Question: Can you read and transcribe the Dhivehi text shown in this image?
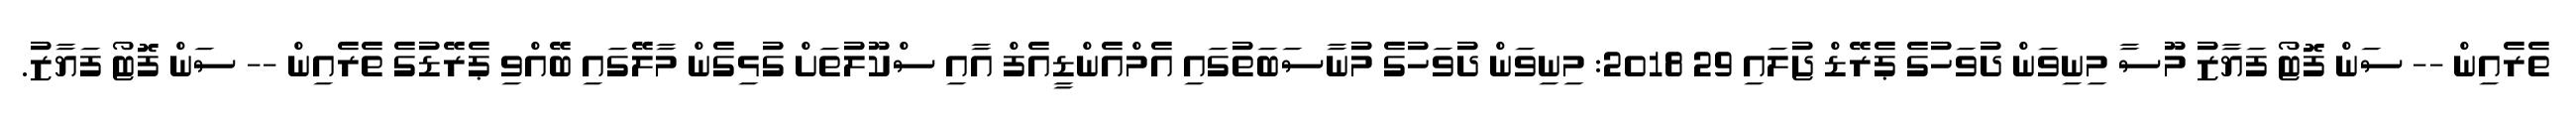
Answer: ތެރެއިން -- ސަން ފޮޓޯ ފަޔާޒު މޫސާ މިނިވަން ދުވަހުގެ ޕެރޭޑް ޖުލައި 29 2018: މިނިވަން ދުވަހުގެ މުނާސަބަތުގައި އެމްއެންޑީއެފް އާއި ސްކޫލުތަށް ގުޅިގެން މާލޭގައި ބޭއްވި ޕެރޭޑުގެ ތެރެއިން -- ސަން ފޮޓޯ ފަޔާޒު.